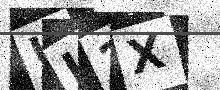
Text: UI2X